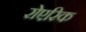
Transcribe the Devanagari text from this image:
रोएरिक